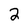
Character: 2